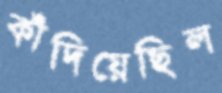
কাঁদিয়েছিল